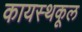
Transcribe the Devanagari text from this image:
कायस्थकूल